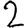
Digit: 2